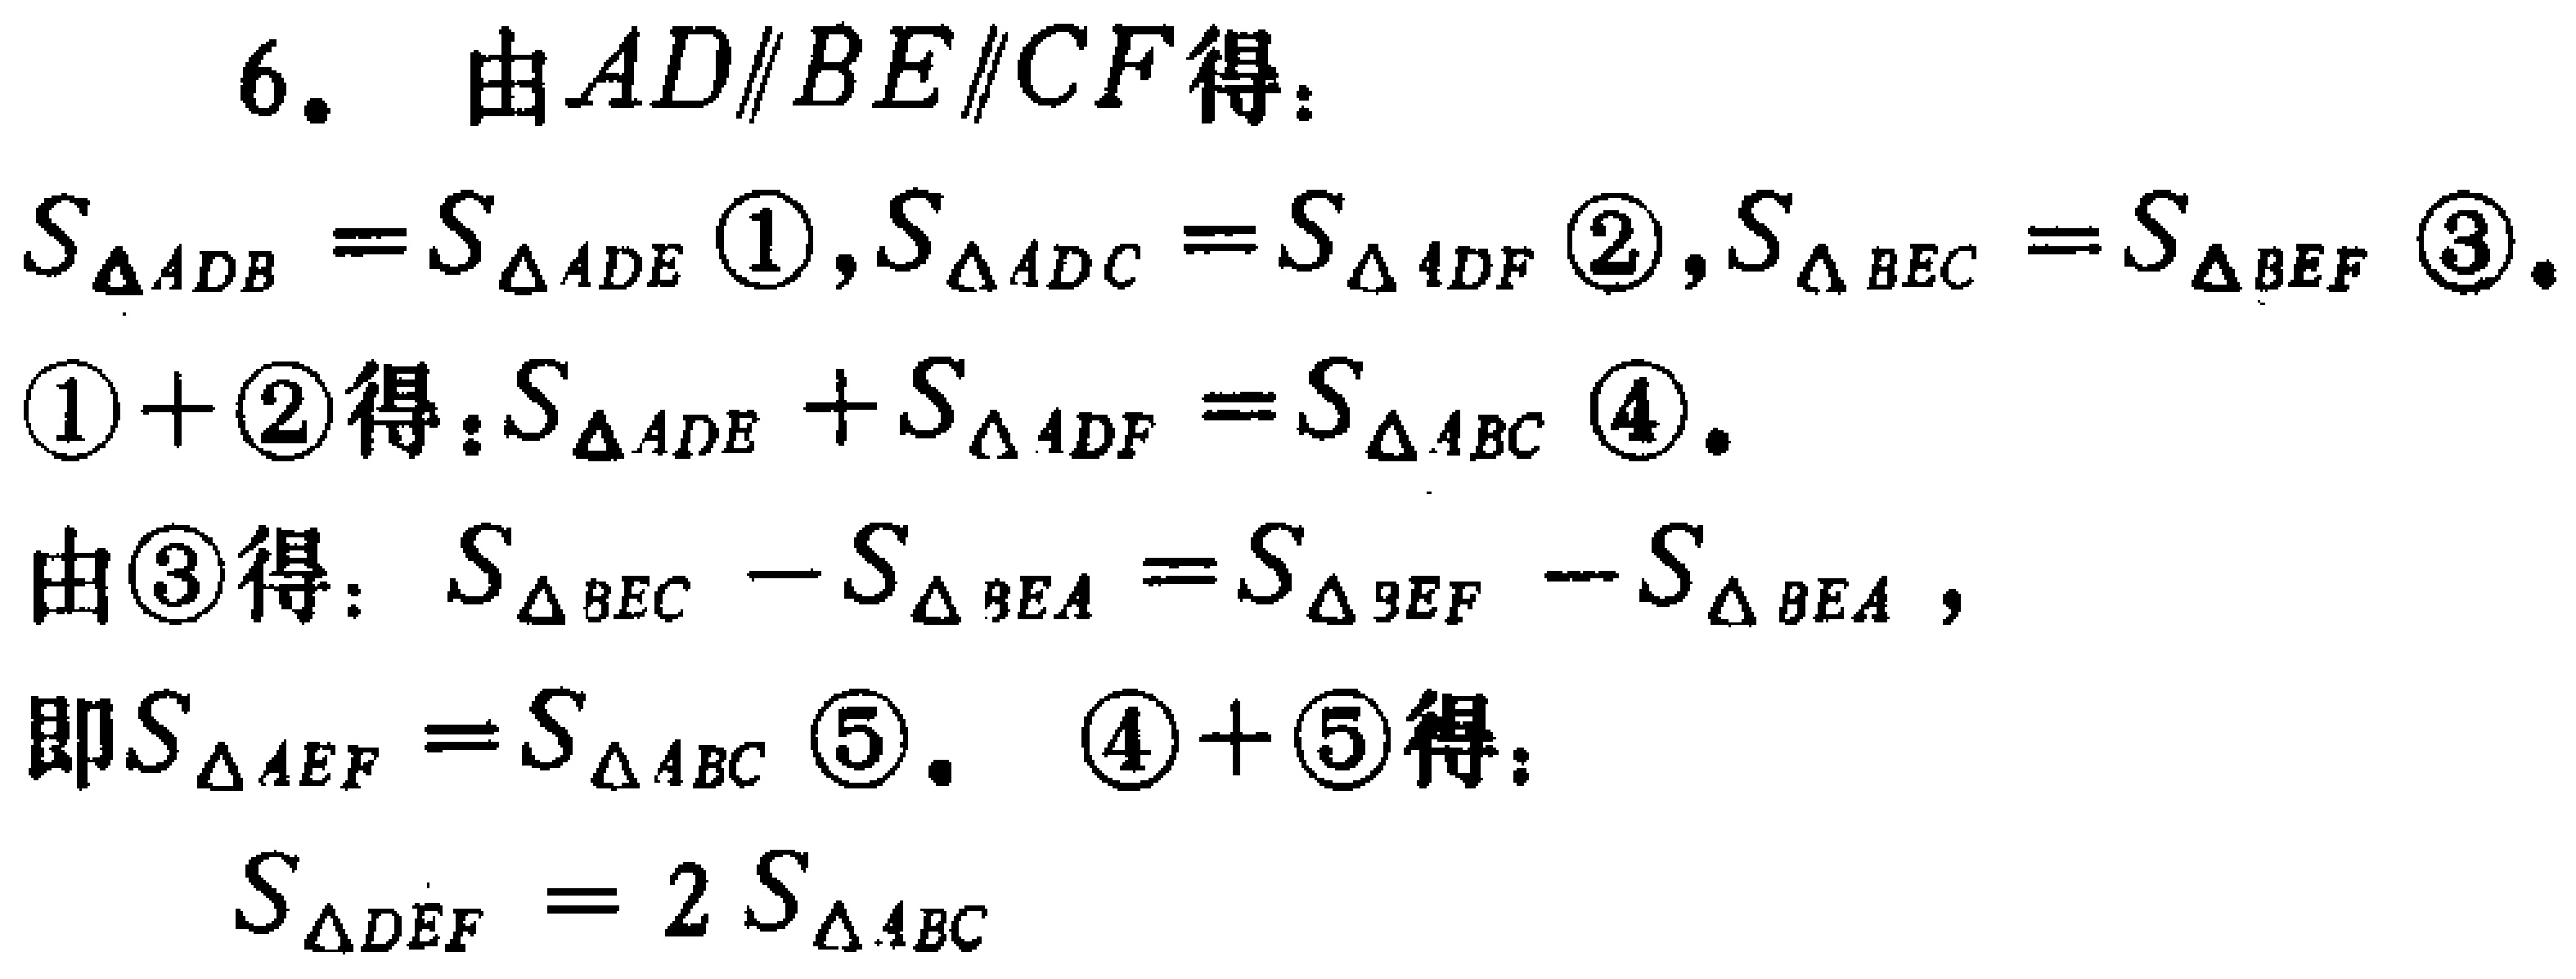
6. 由\(AD\parallel BE\parallel CF\)得：

\(S_{\triangle ADB}=S_{\triangle ADE}\) \textcircled{1}，\(S_{\triangle ADC}=S_{\triangle ADF}\) \textcircled{2}，\(S_{\triangle BEC}=S_{\triangle BEF}\) \textcircled{3}。

\textcircled{1} + \textcircled{2}得：\(S_{\triangle ADE}+S_{\triangle ADF}=S_{\triangle ABC}\) \textcircled{4}。

由\textcircled{3}得：\(S_{\triangle BEC}-S_{\triangle BEA}=S_{\triangle BEF}-S_{\triangle BEA}\)，

即\(S_{\triangle AEF}=S_{\triangle ABC}\) \textcircled{5}。 \textcircled{4} + \textcircled{5}得：

\(S_{\triangle DEF}=2S_{\triangle ABC}\)